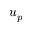
u _ { p }